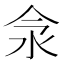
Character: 𣲎